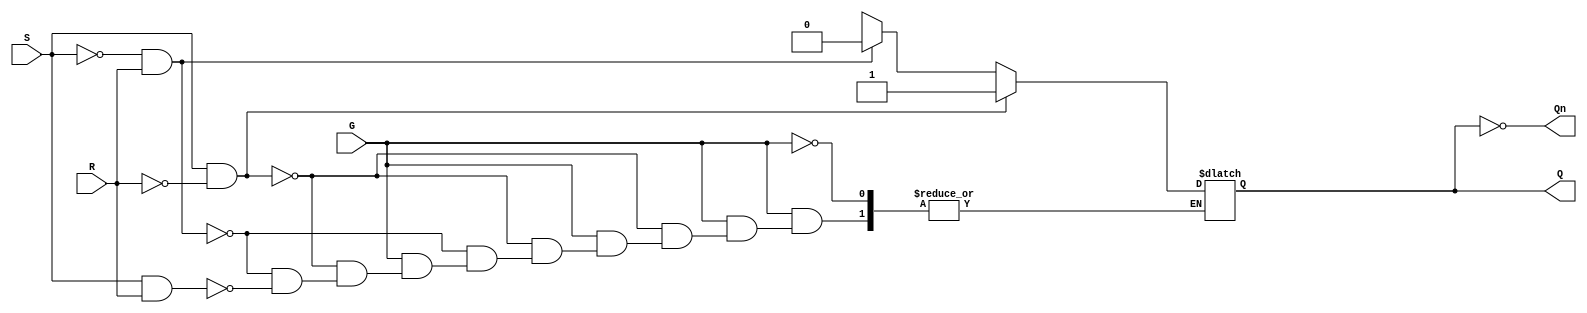
module gated_sr_latch (
    input wire S,    // Set input
    input wire R,    // Reset input
    input wire G,    // Gate input
    output reg Q,    // Output
    output wire Qn   // Complement of output
);

    assign Qn = ~Q; // Q' is the complement of Q

    always @(*) begin
        if (G) begin
            if (S && !R) begin
                Q = 1'b1; // Set Q to 1
            end else if (!S && R) begin
                Q = 1'b0; // Reset Q to 0
            end else if (S && R) begin
                // Indeterminate state, typically avoid this condition
                Q = 1'bx; // Indeterminate state
            end else begin
                Q = Q; // Retain previous state
            end
        end
        // If G is low, retain previous state (Q is not updated)
    end

endmodule